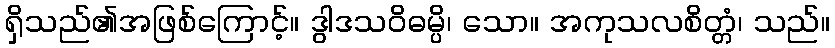
ရှိသည်၏အဖြစ်ကြောင့်။ ဒွါဒသဝိဓမ္ပိ၊ သော။ အကုသလစိတ္တံ၊ သည်။